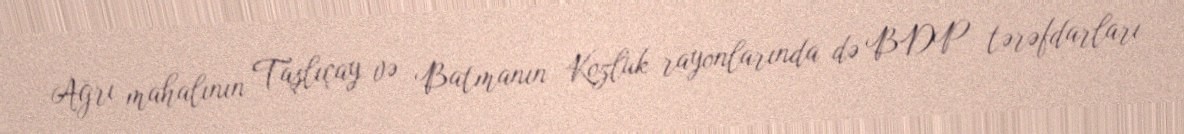
Ağrı mahalının Taşlıçay və Batmanın Kozluk rayonlarında də BDP tərəfdarları